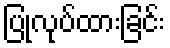
ပြုလုပ်ထားခြင်း